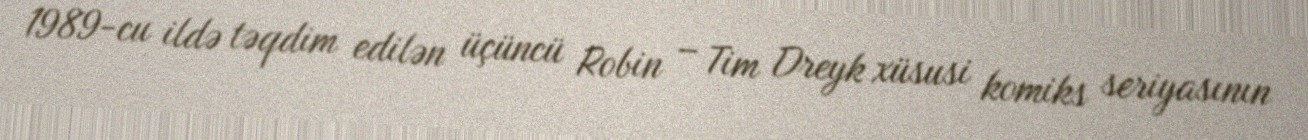
1989-cu ildə təqdim edilən üçüncü Robin – Tim Dreyk xüsusi komiks seriyasının